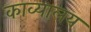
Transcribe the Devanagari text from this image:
काव्यालय